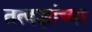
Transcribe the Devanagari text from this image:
तत्वज्ञांच्या